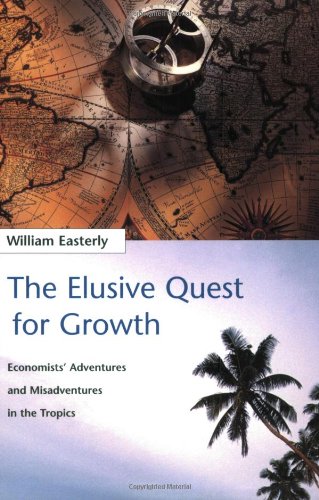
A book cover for The Elusive Quest for Growth: Economists' Adventures and Misadventures in the Tropics; William R. Easterly; Business & Money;